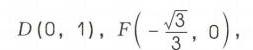
\(D(0,1)\)，\(F\left(-\frac{\sqrt{3}}{3},0\right)\)，